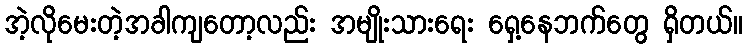
အဲ့လိုမေးတဲ့အခါကျတော့လည်း အမျိုးသားရေး ရှေ့နေဘက်တွေ ရှိတယ်။